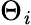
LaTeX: \Theta_{\mathit{i}}